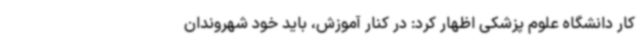
کار دانشگاه علوم پزشکی اظهار کرد: در کنار آموزش، باید خود شهروندان